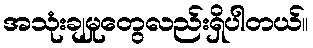
အသုံးချမှုတွေလည်းရှိပါတယ်။